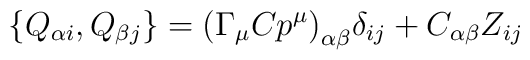
\{Q_{\alpha i},Q_{\beta j}\}= \bigl( \Gamma_\mu C p^\mu\bigr)_{\alpha\beta}\delta_{ij} +C_{\alpha\beta}Z_{ij}